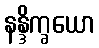
နန္ဒိက္ခယော